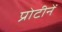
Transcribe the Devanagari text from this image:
प्रोटीनें